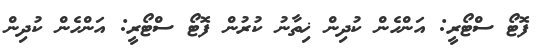
ފޮޓޯ ސްޓޯރީ: އަންހެން ކުދިން ޚިތާނު ކުރުން ފޮޓޯ ސްޓޯރީ: އަންހެން ކުދިން